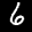
Label: 6